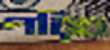
পরিচ